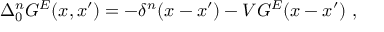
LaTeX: \Delta _ { 0 } ^ { n } G ^ { E } ( x , x ^ { \prime } ) = - \delta ^ { n } ( x - x ^ { \prime } ) - V G ^ { E } ( x - x ^ { \prime } ) \ ,